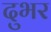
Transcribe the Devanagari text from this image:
दुभर